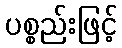
ပစ္စည်းဖြင့်